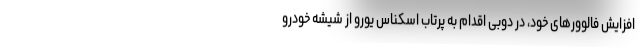
افزایش فالوورهای خود، در دوبی اقدام به پرتاب اسکناس یورو از شیشه خودرو